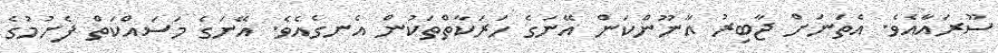
ސޫރައާއެވެ. އެތަނަށް ޖާބިރު އާނޫންކަން އޭނަގެ ހަރަކާތްތަކުން އެނގެއެވެ. އޭނަގެ މަސައްކަތް ފެށުމުގެ